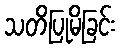
သတိပြုမိခြင်း